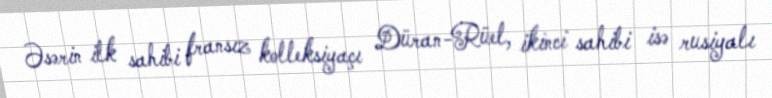
Əsərin ilk sahibi fransız kolleksiyaçı Düran-Rüel, ikinci sahibi isə rusiyalı